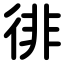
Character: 徘